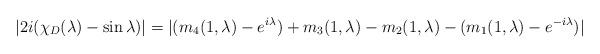
LaTeX: \begin{align*}|2i(\chi_D(\lambda)-\sin \lambda)| = |(m_4(1,\lambda)-e^{i\lambda})+m_3(1,\lambda)-m_2(1,\lambda)-(m_1(1,\lambda)-e^{-i\lambda})|\end{align*}